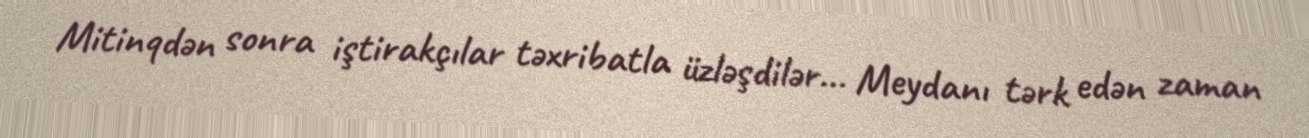
Mitinqdən sonra iştirakçılar təxribatla üzləşdilər... Meydanı tərk edən zaman